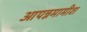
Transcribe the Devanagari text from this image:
आपन्नमामीश